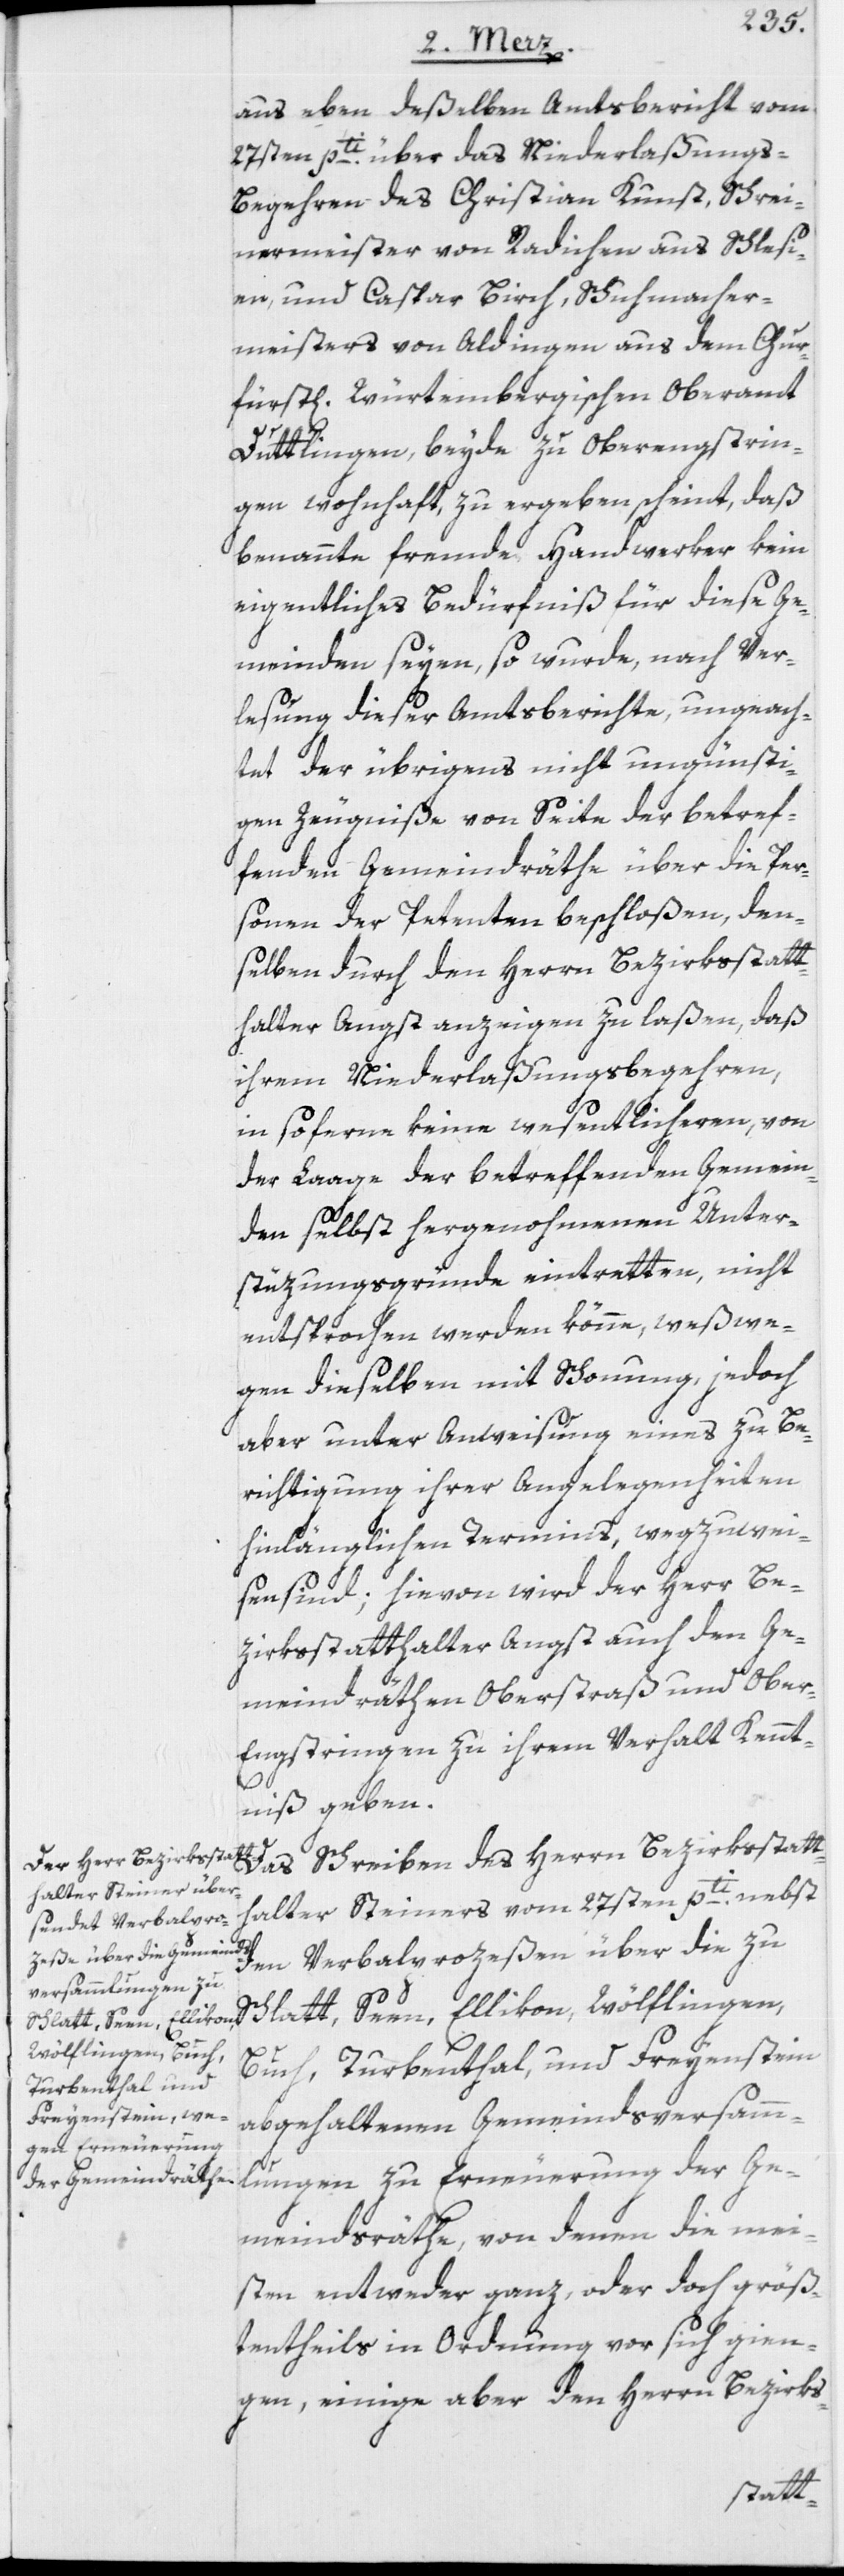
aus eben deßelben Amtsbericht vom
27sten pti. über das Niederlaßungs-B¬
egehren des Christian Kunst, Schrei¬
nermeister von Radichen aus Schlesi¬
en, und Caspar Birch, Schuhmacher¬
meisters von Aldingen aus dem Chur¬
füstl[ich] Würtembergischen Oberamt
Duttlingen, beyde zu Oberengstrin¬
gen wohnhaft, zu ergeben scheint, daß
benannte fremde Handwerker kein
eigentliches Bedürfniß für diese Ge¬
meinden seyen, so wurde, nach Ver¬
lesung dieser Amtsberichte, ungeach¬
tet der übrigens nicht ungünsti¬
gen Zeugniße von Seite der betref¬
fenden Gemeindräthe über die Per¬
sonen der Petenten beschloßen, den¬
selben durch den Herrn Bezirksstatt¬
halter Angst anzeigen zu laßen, daß
ihrem Niederlaßungsbegehren,
in soferne keine wesentlicheren, von
der Laage der betreffenden Gemein¬
den selbst hergenohmenen Unter¬
stüzungsgründe eintretten, nicht
entsprochen werden könne, weßwe¬
gen dieselben mit Schonung, jedoch
aber unter Anweisung eines zu Be¬
richtigung ihrer Angelegenheiten
hinlänglichen Termins, wegzuwei¬
sen sind; hievon wird der Herr Be¬
zirksstatthalter Angst auch den Ge¬
meindräthen Oberstraß und Ober-E¬
ngstringen zu ihrem Verhalt Kennt¬
niß geben.
den Verbalprozeßen über die zu
Schlatt, Seen, Ellikon, Wölflingen,
Buch, Turbenthal, und Freyenstein
abgehaltenen Gemeindsversamm¬
lungen zu Erneuerung der Ge¬
meindsräthe, von denen die mei¬
sten entweder ganz, oder doch größ¬
tentheils in Ordnung vor sich gien¬
gen, einige aber den Herrn Bezirks-